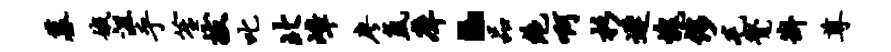
墓娥沮乎笙拔叱北嶂廖氲庠·品绝啊杉迟愧侈毛觉斟尊